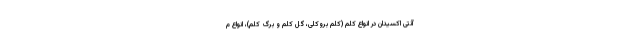
آنتی اکسیدان در انواع کلم (کلم بروکلی، گل کلم و برگ کلم)، انواع م